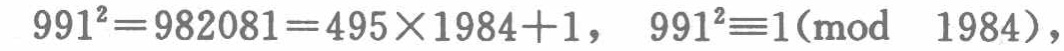
\(991^{2}=982081 = 495\times1984 + 1,\ 991^{2}\equiv1(\text{mod }1984)\)